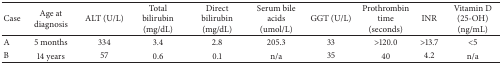
| Case | Age at diagnosis | ALT (U/L) | Total bilirubin (mg/dL) | Direct bilirubin (mg/dL) | Serum bile acids (umol/L) | GGT (U/L) | Prothrombin time (seconds) | INR | Vitamin D (25-OH)(ng/mL) |
 | --- | --- | --- | --- | --- | --- | --- | --- | --- | --- |
 | A | 5 months | 334 | 3.4 | 2.8 | 205.3 | 33 | >120.0 | >13.7 | <5 |
 | B | 14 years | 57 | 0.6 | 0.1 | n/a | 35 | 40 | 4.2 | n/a |